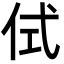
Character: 侙